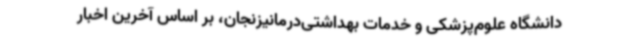
دانشگاه علوم‌پزشکی و خدمات بهداشتی‌درمانیزنجان، بر اساس آخرین اخبار